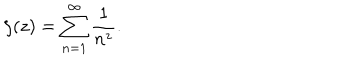
\zeta ( z ) = \sum _ { n = 1 } ^ { \infty } \frac { 1 } { n ^ { z } } .